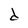
Character: d